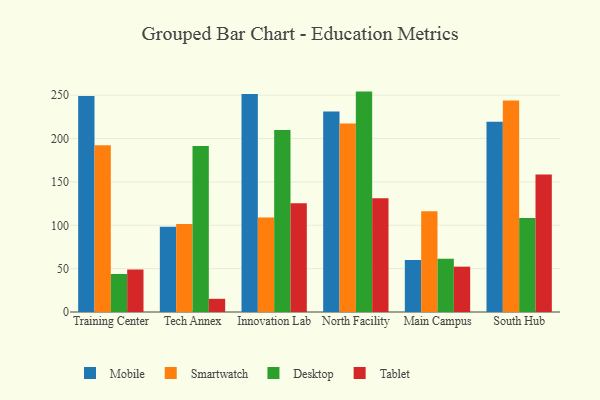
{"axis": {"x": "Campus", "y": "Budget (USD K)"}, "legend": ["Desktop", "Mobile", "Smartwatch", "Tablet"], "data": [{"x": "Training Center", "y": 249.0, "type": "Mobile"}, {"x": "Training Center", "y": 192.4, "type": "Smartwatch"}, {"x": "Training Center", "y": 43.8, "type": "Desktop"}, {"x": "Training Center", "y": 49.0, "type": "Tablet"}, {"x": "Tech Annex", "y": 98.3, "type": "Mobile"}, {"x": "Tech Annex", "y": 101.6, "type": "Smartwatch"}, {"x": "Tech Annex", "y": 191.4, "type": "Desktop"}, {"x": "Tech Annex", "y": 15.2, "type": "Tablet"}, {"x": "Innovation Lab", "y": 251.3, "type": "Mobile"}, {"x": "Innovation Lab", "y": 109.1, "type": "Smartwatch"}, {"x": "Innovation Lab", "y": 210.0, "type": "Desktop"}, {"x": "Innovation Lab", "y": 125.4, "type": "Tablet"}, {"x": "North Facility", "y": 231.2, "type": "Mobile"}, {"x": "North Facility", "y": 217.3, "type": "Smartwatch"}, {"x": "North Facility", "y": 254.2, "type": "Desktop"}, {"x": "North Facility", "y": 131.2, "type": "Tablet"}, {"x": "Main Campus", "y": 60.0, "type": "Mobile"}, {"x": "Main Campus", "y": 116.1, "type": "Smartwatch"}, {"x": "Main Campus", "y": 61.3, "type": "Desktop"}, {"x": "Main Campus", "y": 52.3, "type": "Tablet"}, {"x": "South Hub", "y": 219.3, "type": "Mobile"}, {"x": "South Hub", "y": 243.9, "type": "Smartwatch"}, {"x": "South Hub", "y": 108.5, "type": "Desktop"}, {"x": "South Hub", "y": 158.5, "type": "Tablet"}]}